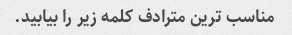
مناسب ترین مترادف کلمه زیر را بیابید.